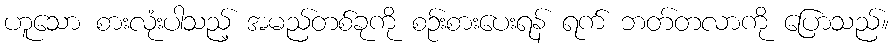
ဟူသော စားလုံးပါသည့် အမည်တစ်ခုကို စဉ်းစားပေးရန် ရက် ဘတ်တလာကို ပြောသည်။